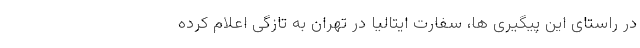
در راستای این پیگیری ها، سفارت ایتالیا در تهران به تازگی اعلام کرده